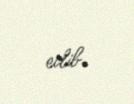
edib.